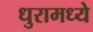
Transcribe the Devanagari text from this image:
धुरामध्ये